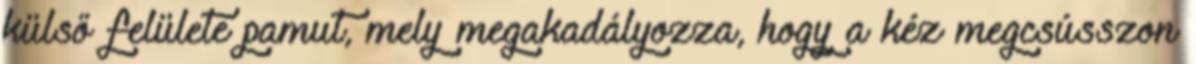
külső felülete pamut, mely megakadályozza, hogy a kéz megcsússzon